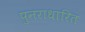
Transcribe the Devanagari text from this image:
पुनराधारित